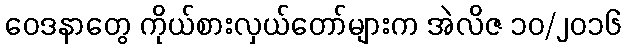
ဝေဒနာတွေ ကိုယ်စားလှယ်တော်များက အဲလိဇ ၁၀/၂၀၁၆